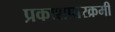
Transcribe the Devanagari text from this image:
प्रकाशपारक्रमी